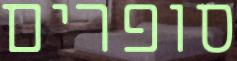
סופרים